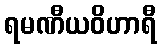
ရမဏီယဝိဟာရီ